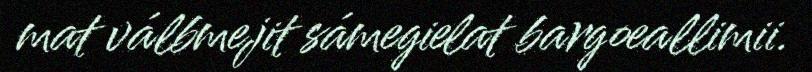
mat válbmejit sámegielat bargoeallimii.